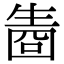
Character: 𤯬